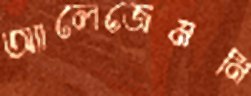
অ্যালেজেমনি